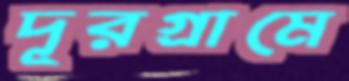
দূরগ্রামে